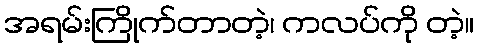
အရမ်းကြိုက်တာတဲ့၊ ကလပ်ကို တဲ့။